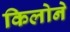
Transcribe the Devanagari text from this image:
किलोने